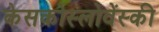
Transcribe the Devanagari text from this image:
केसकोस्लोवेंस्की